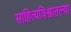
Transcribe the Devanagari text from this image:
साहित्यविश्वातल्या